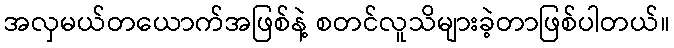
အလှမယ်တယောက်အဖြစ်နဲ့ စတင်လူသိများခဲ့တာဖြစ်ပါတယ်။